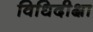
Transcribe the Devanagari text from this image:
विधिदीक्षा